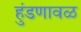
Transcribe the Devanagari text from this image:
हुंडणावळ